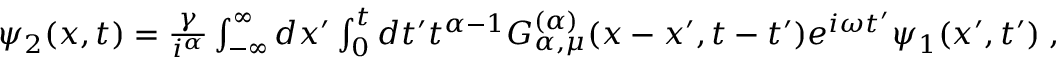
\begin{array} { r } { \psi _ { 2 } ( x , t ) = \frac { \gamma } { i ^ { \alpha } } \int _ { - \infty } ^ { \infty } d x ^ { \prime } \int _ { 0 } ^ { t } d t ^ { \prime } t ^ { \alpha - 1 } { \cal { G } } _ { \alpha , \mu } ^ { ( \alpha ) } ( x - x ^ { \prime } , t - t ^ { \prime } ) e ^ { i \omega t ^ { \prime } } \psi _ { 1 } ( x ^ { \prime } , t ^ { \prime } ) \; , } \end{array}